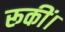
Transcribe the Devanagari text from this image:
रूकीं।